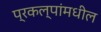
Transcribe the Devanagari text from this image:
प्रकल्पांमधील